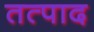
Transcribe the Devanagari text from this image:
तत्पाद